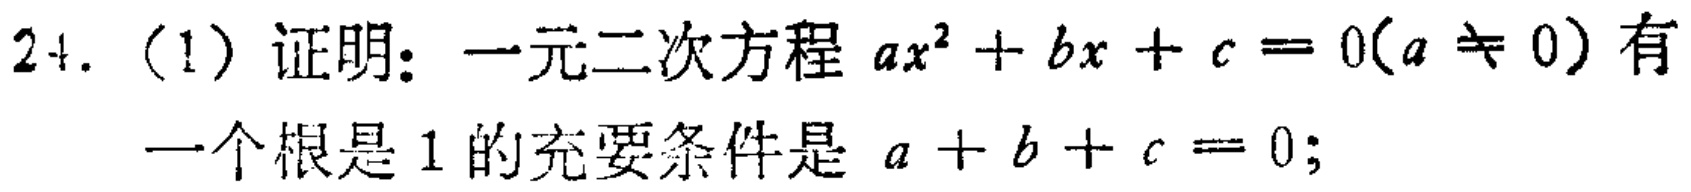
24. (1) 证明：一元二次方程 \(ax^{2}+bx + c = 0(a\neq0)\) 有一个根是 \(1\) 的充要条件是 \(a + b + c = 0\);